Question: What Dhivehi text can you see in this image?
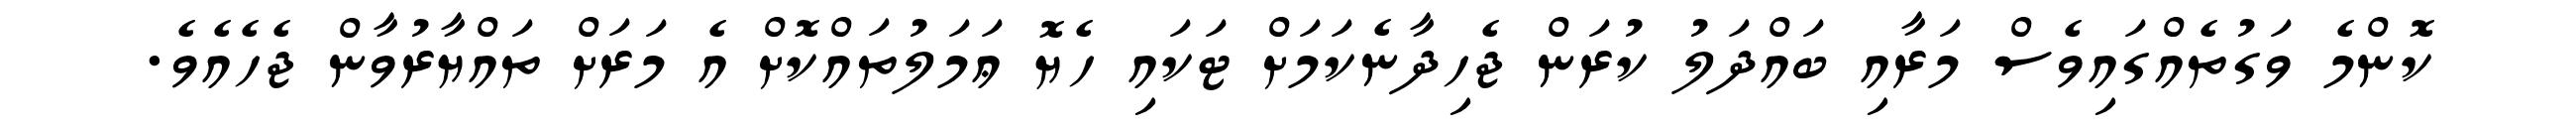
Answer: ކޮންމެ ވަގުތެއްގައިވެސް މަރާއި ބައްދަލު ކުރަން ޖެހިދާނެކަމަށް ޓަކައި ހެޔޮ ޢަމަލުތައްކޮށް އެ މަރަށް ތައްޔާރުވާން ޖެހެއެވެ.